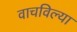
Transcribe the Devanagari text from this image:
वाचविल्या